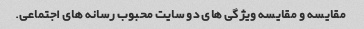
مقایسه و مقایسه ویژگی های دو سایت محبوب رسانه های اجتماعی.